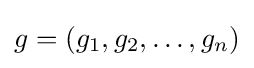
\textstyle g=(g_{1},g_{2},\ldots ,g_{n})